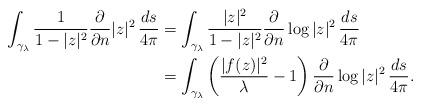
LaTeX: \begin{align*}\int_{\gamma_\lambda} \frac 1{1-|z|^2} \frac {\partial}{\partial n} |z|^2\,\frac{ds}{4\pi} &= \int_{\gamma_\lambda} \frac {|z|^2}{1-|z|^2} \frac{\partial}{\partial n} \log |z|^2\, \frac{ds}{4\pi} \\&= \int_{\gamma_\lambda} \left(\frac{|f(z)|^2}{\lambda}-1\right) \frac{\partial}{\partial n} \log |z|^2\, \frac{ds}{4\pi}. \end{align*}